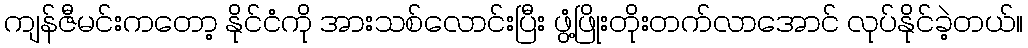
ကျန်ဇီမင်းကတော့ နိုင်ငံကို အားသစ်လောင်းပြီး ဖွံ့ဖြိုးတိုးတက်လာအောင် လုပ်နိုင်ခဲ့တယ်။